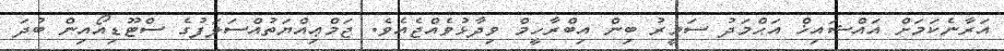
އަރާނެކަމަށް އައްޝައިޚް އަޙްމަދު ސަމީރު ބިން އިބްރާހީމް ވިދާޅުވެއްޖެއެވެ. ޖަމްޢިއްޔަތުއްސަލަފުގެ ސްޓޫޑިއޯއިން ބުދަ